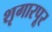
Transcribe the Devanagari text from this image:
शृगारपूर